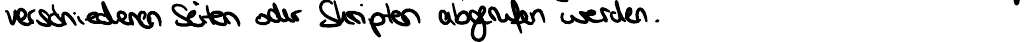
verschiedene Seiten oder Skripten abgerufen werden.